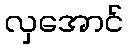
လှအောင်